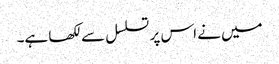
میں نے اس پر تسلسل سے لکھا ہے۔